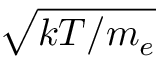
\sqrt { k T / m _ { e } }